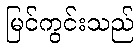
မြင်ကွင်းသည်